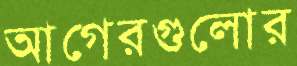
আগেরগুলোর